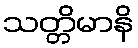
သတ္တိမာနိ